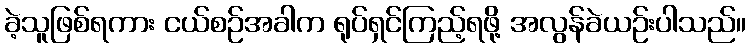
ခဲ့သူဖြစ်ရကား ငယ်စဉ်အခါက ရုပ်ရှင်ကြည့်ရဖို့ အလွန်ခဲယဉ်းပါသည်။